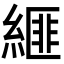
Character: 𦃄